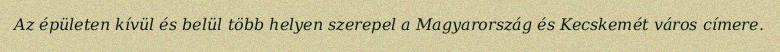
Az épületen kívül és belül több helyen szerepel a Magyarország és Kecskemét város címere.